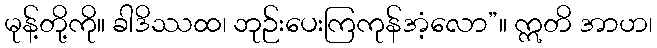
မုန့်တို့ကို။ ခါဒိဿထ၊ ဘုဉ်းပေးကြကုန်အံ့လော”။ ဣတိ အာဟ၊